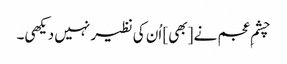
چشمِ عجم نے [بھی] اُن کی نظیر نہیں دیکھی۔